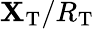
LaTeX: \mathbf{X}_{\mathrm{{T}}}/R_{\mathrm{{T}}}